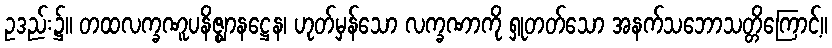
ဥဒည်း၌။ တထလက္ခဏူပနိဇ္ဈာနဋ္ဌေန၊ ဟုတ်မှန်သော လက္ခဏာကို ရှုတတ်သော အနက်သဘောသတ္တိကြောင့်။